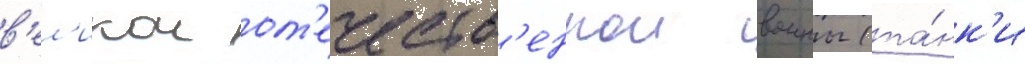
в'ел'икои от'ечеств'еннои воины (та́нк'и